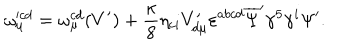
\omega _ { \mu } ^ { \prime c d } = \omega _ { \mu } ^ { c d } ( V ^ { \prime } ) + \frac { \kappa } { 8 } \eta _ { c i } V _ { d \mu } ^ { \prime } \varepsilon ^ { a b c d } \overline { { { \Psi } } } ^ { \prime } \gamma ^ { 5 } \gamma ^ { i } \Psi ^ { \prime } .